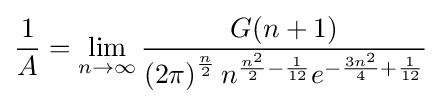
{\frac {1}{A}}=\lim _{n\rightarrow \infty }{\frac {G(n+1)}{\left(2\pi \right)^{\frac {n}{2}}n^{{\frac {n^{2}}{2}}-{\frac {1}{12}}}e^{-{\frac {3n^{2}}{4}}+{\frac {1}{12}}}}}